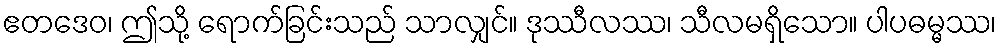
ဧတဒေဝ၊ ဤသို့ ရောက်ခြင်းသည် သာလျှင်။ ဒုဿီလဿ၊ သီလမရှိသော။ ပါပဓမ္မဿ၊